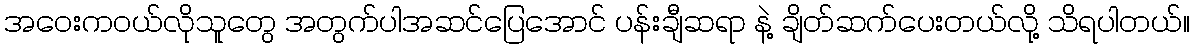
အဝေးကဝယ်လိုသူတွေ အတွက်ပါအဆင်ပြေအောင် ပန်းချီဆရာ နဲ့ ချိတ်ဆက်ပေးတယ်လို့ သိရပါတယ်။